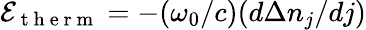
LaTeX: \mathcal{E}_{\mathrm{~t~h~e~r~m~}}=-(\omega_{0}/c)(d\Delta n_{j}/dj)